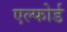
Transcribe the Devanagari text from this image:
एल्फोर्ड